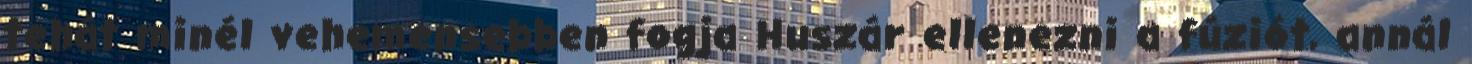
tehát minél vehemensebben fogja Huszár ellenezni a fúziót, annál